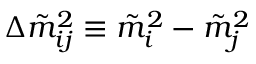
\Delta \tilde { m } _ { i j } ^ { 2 } \equiv \tilde { m } _ { i } ^ { 2 } - \tilde { m } _ { j } ^ { 2 }